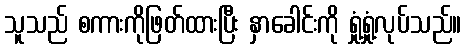
သူသည် စကားကိုဖြတ်ထားပြီး နှာခေါင်းကို ရှုံ့ရှုံ့လုပ်သည်။